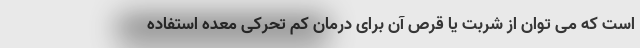
است که می‌ توان از شربت یا قرص آن برای درمان کم تحرکی معده استفاده